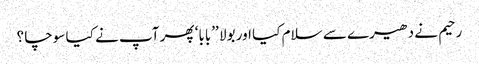
رحیم نے دھیرے سے سلام کیا اور بولا ’’بابا‘ پھر آپ نے کیا سوچا ؟